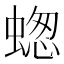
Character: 䗓